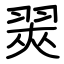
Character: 翜